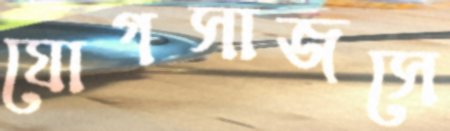
যোগসাজসে